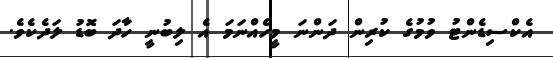
އެކްސިޑެންޓު ވުމުގެ ކުރިން ދަންނަ މީހެއްނަމަ އެ ލިބުނީ ހާދަ ބޮޑު ލަދެކެވެ.